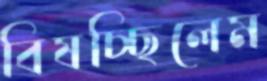
বিষচ্ছিলেম